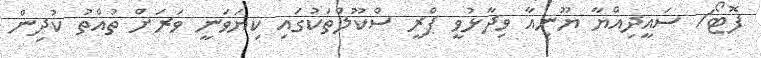
ފޮޓޯ/ ސައީދިއްޔާ ޔޫނިއާ ވިދާޅުވީ ޕްރީ ސްކޫލްތަކުގައި ކިޔަވަނީ ވަރަށް ތުއްތު ކުދިން